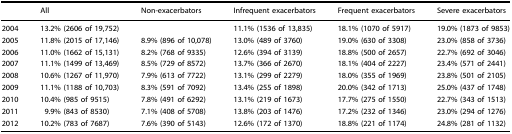
<table><thead><tr><td></td><td><b>All</b></td><td><b>Non-exacerbators</b></td><td><b>Infrequent exacerbators</b></td><td><b>Frequent exacerbators</b></td><td><b>Severe exacerbators</b></td></tr></thead><tbody><tr><td>2004</td><td>13.2% (2606 of 19,752)</td><td></td><td>11.1% (1536 of 13,835)</td><td>18.1% (1070 of 5917)</td><td>19.0% (1873 of 9853)</td></tr><tr><td>2005</td><td>11.8% (2015 of 17,146)</td><td>8.9% (896 of 10,078)</td><td>13.0% (489 of 3760)</td><td>19.0% (630 of 3308)</td><td>23.0% (858 of 3736)</td></tr><tr><td>2006</td><td>11.0% (1662 of 15,131)</td><td>8.2% (768 of 9335)</td><td>12.6% (394 of 3139)</td><td>18.8% (500 of 2657)</td><td>22.7% (692 of 3046)</td></tr><tr><td>2007</td><td>11.1% (1499 of 13,469)</td><td>8.5% (729 of 8572)</td><td>13.7% (366 of 2670)</td><td>18.1% (404 of 2227)</td><td>23.4% (571 of 2441)</td></tr><tr><td>2008</td><td>10.6% (1267 of 11,970)</td><td>7.9% (613 of 7722)</td><td>13.1% (299 of 2279)</td><td>18.0% (355 of 1969)</td><td>23.8% (501 of 2105)</td></tr><tr><td>2009</td><td>11.1% (1188 of 10,703)</td><td>8.3% (591 of 7092)</td><td>13.4% (255 of 1898)</td><td>20.0% (342 of 1713)</td><td>25.0% (437 of 1748)</td></tr><tr><td>2010</td><td>10.4% (985 of 9515)</td><td>7.8% (491 of 6292)</td><td>13.1% (219 of 1673)</td><td>17.7% (275 of 1550)</td><td>22.7% (343 of 1513)</td></tr><tr><td>2011</td><td>9.9% (843 of 8530)</td><td>7.1% (408 of 5708)</td><td>13.8% (203 of 1476)</td><td>17.2% (232 of 1346)</td><td>23.0% (294 of 1276)</td></tr><tr><td>2012</td><td>10.2% (783 of 7687)</td><td>7.6% (390 of 5143)</td><td>12.6% (172 of 1370)</td><td>18.8% (221 of 1174)</td><td>24.8% (281 of 1132)</td></tr></tbody></table>